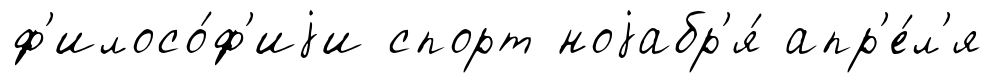
ф'илосо́ф'иjи спорт ноjабр'я́ апр'е́л'я